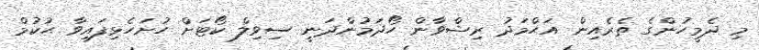
މި ދެމީހުންގެ ތެރެއިން އަޙްމަދު ރިޝްވާން ހޯދަމުންދަނީ ސިވިލް ކޯޓަށް ހުށަހެޅިފައިވާ ޙުކުމް